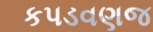
કપડવણજ